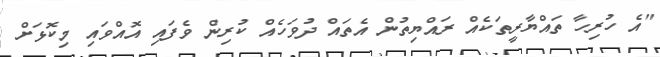
"އެ ހުރިހާ ތައްޔާރީތަކެއް ރައްޔިތުން އެތައް ދުވަހެއް ކުރިން ވެފައި އޮއްވައި މިކޮޅަށް